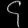
Digit: ၄